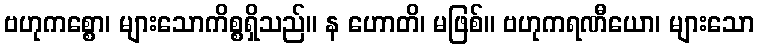
ဗဟုကစ္စော၊ များသောကိစ္စရှိသည်။ န ဟောတိ၊ မဖြစ်။ ဗဟုကရဏီယော၊ များသော